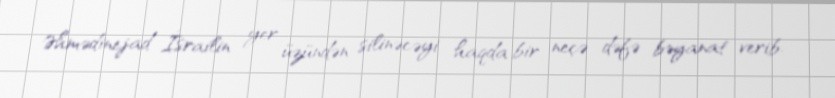
Əhmədinejad İsrailin yer üzündən silinəcəyi haqda bir neçə dəfə bəyanat verib.